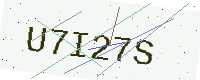
Text: U7I27S